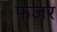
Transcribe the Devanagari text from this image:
फजर